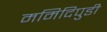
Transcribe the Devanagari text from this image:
ममिदिपुडी